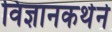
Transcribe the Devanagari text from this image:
विज्ञानकथेने